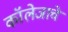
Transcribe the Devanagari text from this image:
कॉलेजाचे